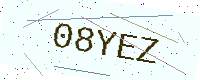
Text: 08YEZ